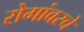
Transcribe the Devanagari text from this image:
रोगांवरचे